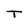
Character: T